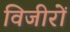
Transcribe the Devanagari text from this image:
विजीरों